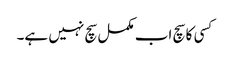
کسی کا سچ اب مکمل سچ نہیں ہے۔